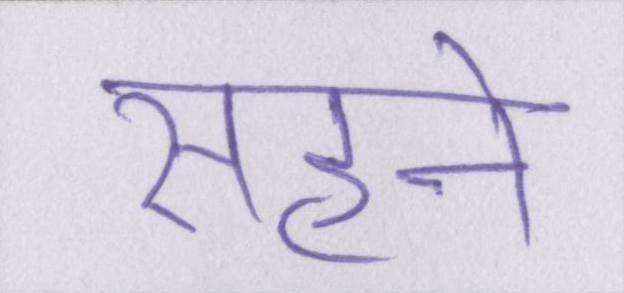
सहने